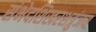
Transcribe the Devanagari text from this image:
संभेदशिखरशत्रुंजय